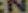
CN